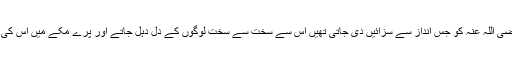
حضرت بلال رضی اللہ عنہ کو جس انداز سے سزائیں دی جاتی تھیں اس سے سخت سے سخت لوگوں کے دل دہل جاتے اور پرے مکے میں اس کی باتیں ہوتی تھیں۔